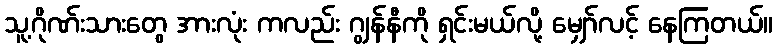
သူ့ဂိုဏ်းသားတွေ အားလုံး ကလည်း ဂျွန်နီကို ရှင်းမယ်လို့ မျှော်လင့် နေကြတယ်။